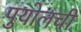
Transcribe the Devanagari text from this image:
पुयोलची